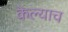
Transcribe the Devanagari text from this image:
केल्याच